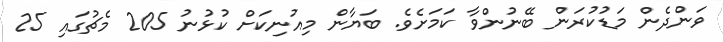
ވަންދެން މަޑުކުރަން ބޭނުންވާ ކަމަށެވެ. ބަޔާން މިއުނިކަށް ކުޅުނު 205 މެޗުގައި 25